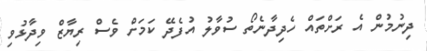
ދިނުމުން އެ ރަށްތައް ހެދިދާނެތޯ ސުވާލު އުފެދޭ ކަމަށް ވެސް ރިޔާޒް ވިދާޅުވި